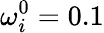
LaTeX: \omega_{i}^{0}=0.1